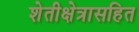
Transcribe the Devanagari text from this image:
शेतीक्षेत्रासहित